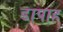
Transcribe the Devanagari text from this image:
डापाह